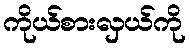
ကိုယ်စားလှယ်ကို